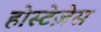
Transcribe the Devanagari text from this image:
होस्टेज़ेस